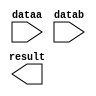
module lpm_sub_xes (
	dataa,
	datab,
	result);

	input	[9:0]  dataa;
	input	[9:0]  datab;
	output	[9:0]  result;

endmodule